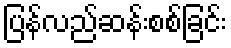
ပြန်လည်ဆန်းစစ်ခြင်း